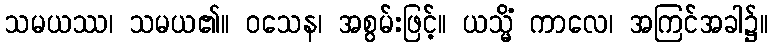
သမယဿ၊ သမယ၏။ ဝသေန၊ အစွမ်းဖြင့်။ ယသ္မိံ ကာလေ၊ အကြင်အခါ၌။